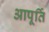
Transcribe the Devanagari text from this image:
आपूर्ति